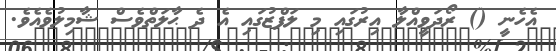
އެހެނީ () ރޯދަވީއްލާ އިރުގައި މި ލަފްޒުގައި އެ ދެ ޙާލަތްވެސް ޝާމިލުވެއެވެ.